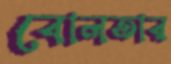
বোলতার